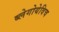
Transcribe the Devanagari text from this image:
ब्लेगोयेविच